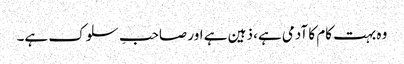
وہ بہت کام کا آدمی ہے، ذہین ہے اور صاحبِ سلوک ہے۔